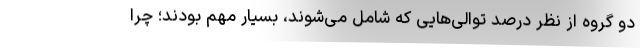
دو گروه از نظر درصد توالی‌هایی که شامل می‌شوند، بسیار مهم بودند؛ چرا